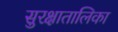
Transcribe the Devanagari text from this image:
सुरक्षातालिका